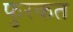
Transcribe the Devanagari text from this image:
फुरकत